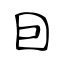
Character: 囙